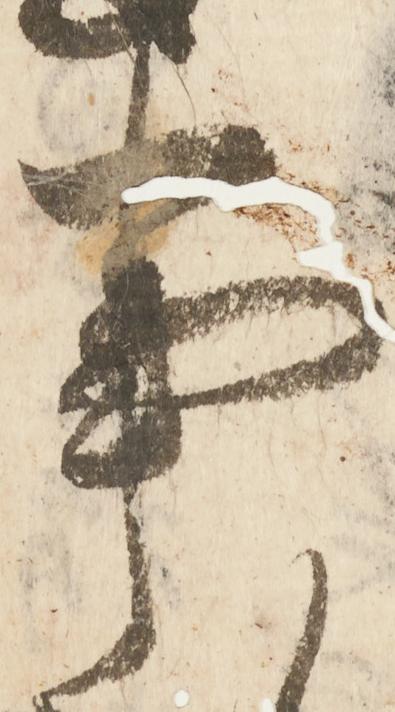
事